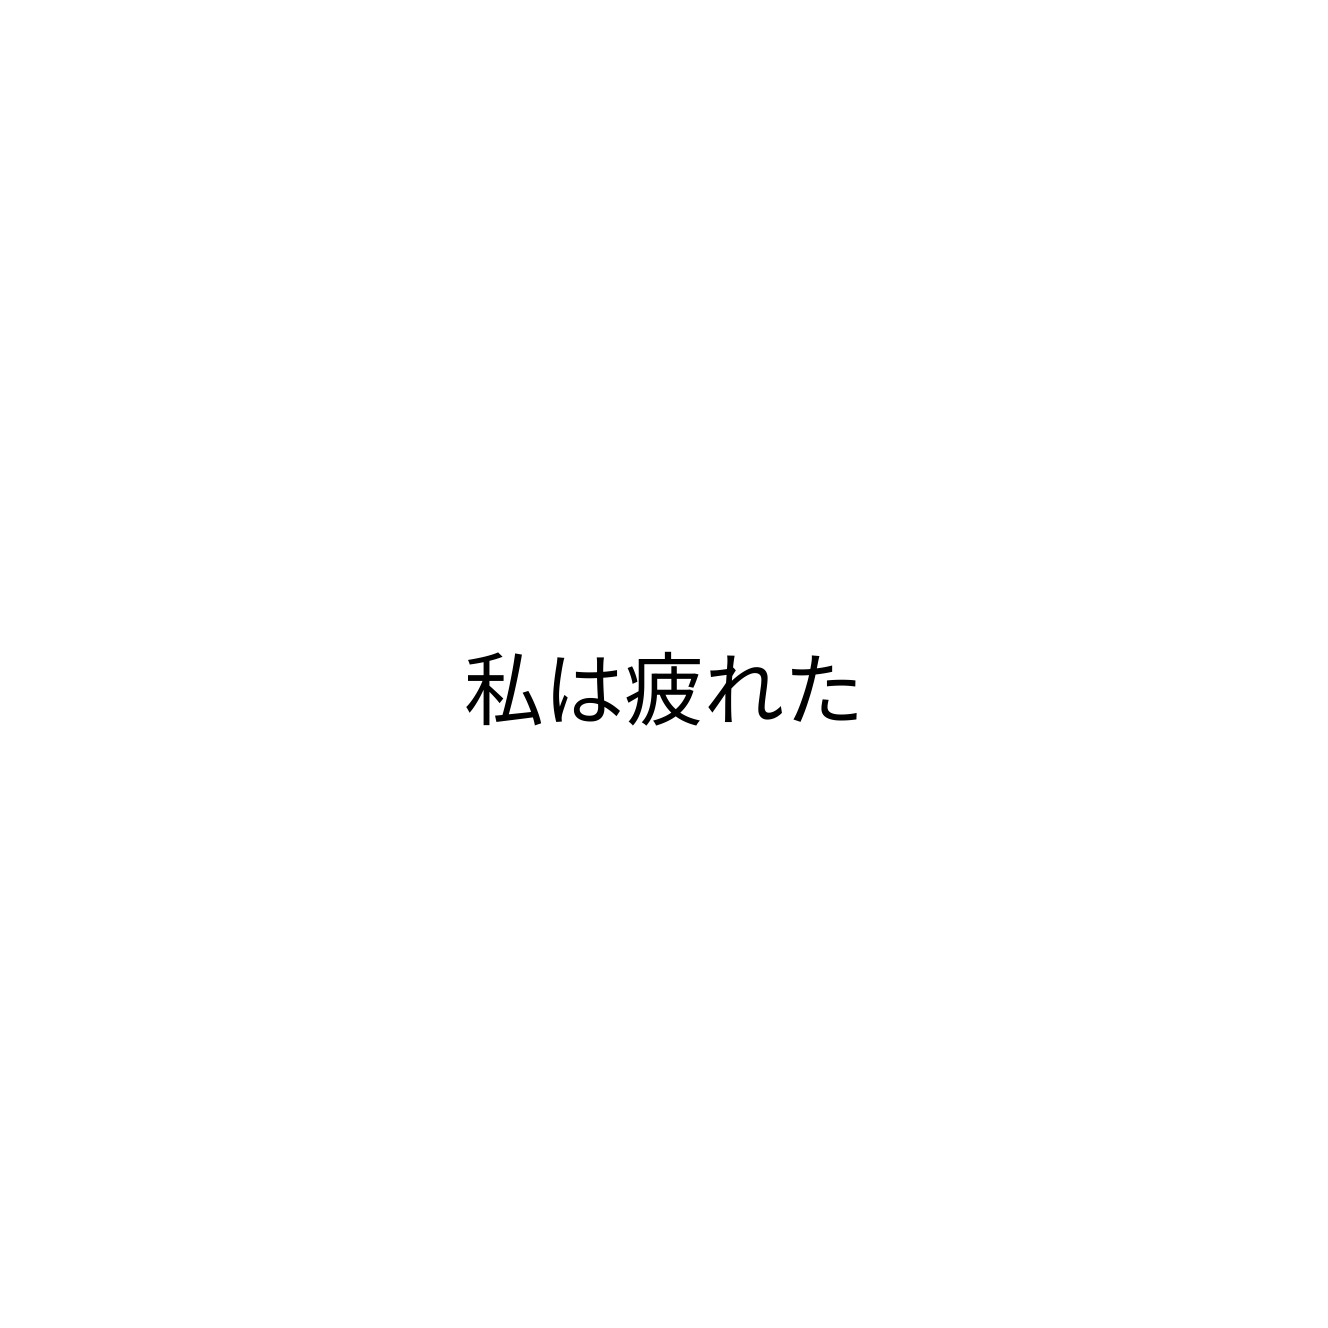
私は疲れた